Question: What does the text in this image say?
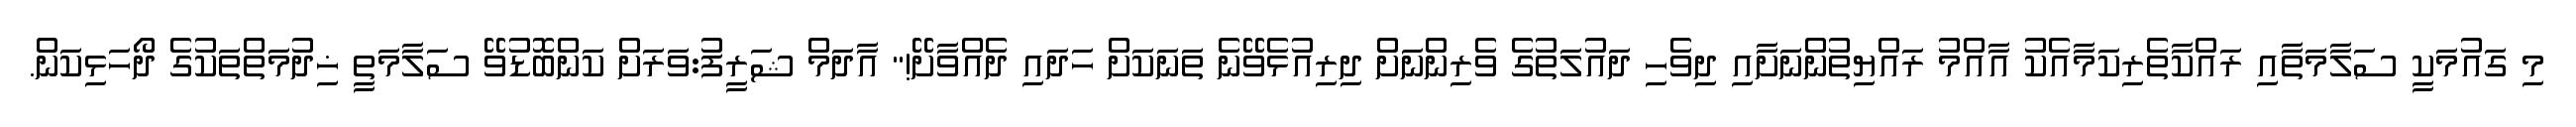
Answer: މި ގައުމަކީ ސަލާމަތާއި ރައްކާތެރިކަމާއެކު އާއްމު ރައްޔިތުންނަށާއި ދިވެހި ދައުލަތުގެ ވެރިންނަށް ދިރިއުޅެވޭނެ ތަނަކަށް ހަދައި ދެއްވާށޭ!" އާދަމް ޝަރީފު:ވަރަށް ކަންބޮޑުވޭ ސަލާމަތީ ޚިދުމަތްތަކުގެ ދޯހަޅިކަން.